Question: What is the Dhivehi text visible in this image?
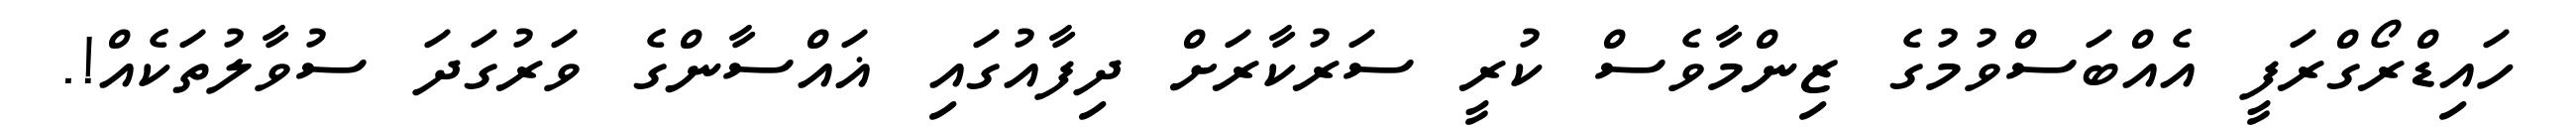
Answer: ހައިޑްރޯގްރަފީ އެއްބަސްވުމުގެ ޒިންމާވެސް ކުރީ ސަރުކާރަށް ދިފާއުގައި ޣައްސާންގެ ވަރުގަދަ ސުވާލުތަކެއް!.